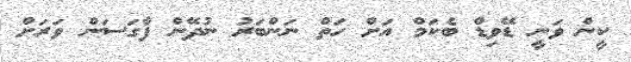
ކީން ވަނީ ޑޭވިޑް ބެކަމް އަށް ހަތް ނަންބަރު ނުދޭން ފާގަސަން ވަރަށް